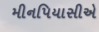
મીનપિયાસીએ